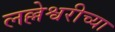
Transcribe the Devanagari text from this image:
लल्लेश्वरीच्या